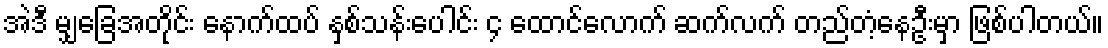
အဲဒီ မျှခြေအတိုင်း နောက်ထပ် နှစ်သန်းပေါင်း ၄ ထောင်လောက် ဆက်လက် တည်တံ့နေဦးမှာ ဖြစ်ပါတယ်။